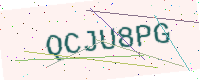
Text: QCJU8PG